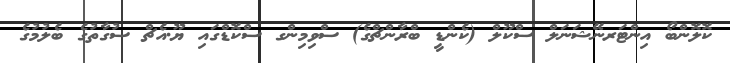
ކޮލޮންބޯ އިންޓަރނޭޝަނަލް ސްކޫލް (ކެންޑީ ބްރާންޗްގެ) ސްވިމިންގ ސްކޮޑްގައި ޔޫ.އެޗް ސުގާތުގެ ބެލުމުގެ